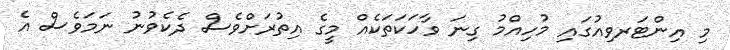
މި އިންޓަރވިއުގައި މުހިއްމު ގިނަ ވާހަކަތަކެއް މީގެ އިތުރަށްވެސް ދެކެވުނު ނަމަވެސް އެ